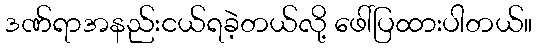
ဒဏ်ရာအနည်းငယ်ရခဲ့တယ်လို့ ဖေါ်ပြထားပါတယ်။